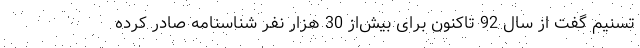
تسنیم گفت از سال 92 تاکنون برای بیش‌از 30 هزار نفر شناسنامه صادر کرده